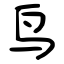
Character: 鸟